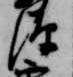
源